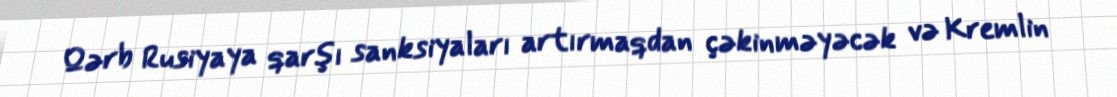
Qərb Rusiyaya qarşı sanksiyaları artırmaqdan çəkinməyəcək və Kremlin